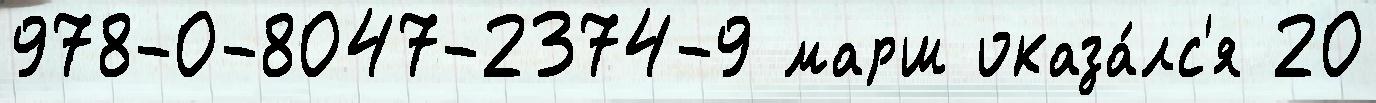
978-0-8047-2374-9 марш оказа́лс'я 20